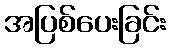
အပြစ်ပေးခြင်း